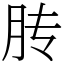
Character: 䏝